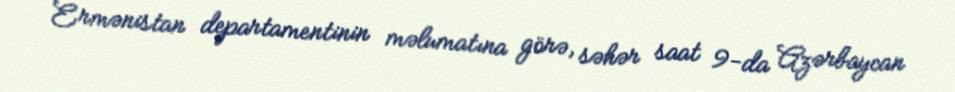
Ermənistan departamentinin məlumatına görə, səhər saat 9-da Azərbaycan